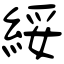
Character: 綏